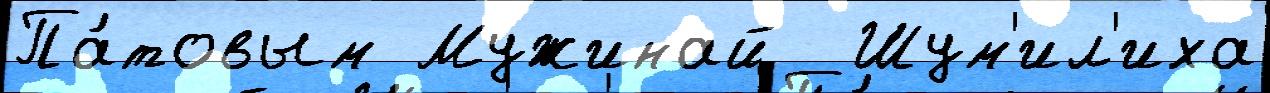
Па́товым Мужинай  Шум'ил'иха